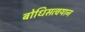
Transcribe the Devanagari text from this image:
बोधिसत्वयान